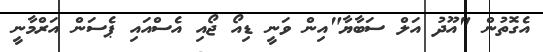
އެގޮތުން "އޫދު އަލް ސަބާޔާ"އިން ވަނީ ޑިއޯ ޖޯއި އެސްއައި ޕެސަން އަރްމާނީ